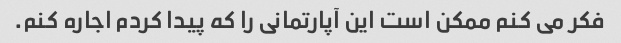
فکر می کنم ممکن است این آپارتمانی را که پیدا کردم اجاره کنم.